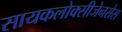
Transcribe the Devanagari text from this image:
सायकलोक्सीजेनसेस